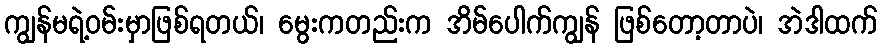
ကျွန်မရဲ့ဝမ်းမှာဖြစ်ရတယ်၊ မွေးကတည်းက အိမ်ပေါက်ကျွန် ဖြစ်တော့တာပဲ၊ အဲဒါထက်